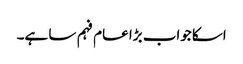
اسکا جواب بڑا عام فہم سا ہے۔